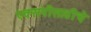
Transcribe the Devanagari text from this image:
एक्सपीसाठीचे